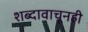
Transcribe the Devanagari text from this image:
शब्दावाचूनही